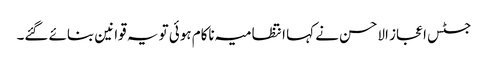
جسٹس اعجاز الاحسن نے کہا انتظامیہ ناکام ہوئی تو یہ قوانین بنائے گئے۔